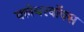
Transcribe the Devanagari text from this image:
क्लेयरवॉक्स